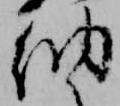
納